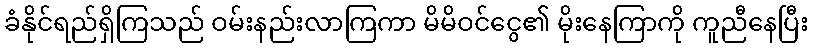
ခံနိုင်ရည်ရှိကြသည် ဝမ်းနည်းလာကြကာ မိမိဝင်ငွေ၏ မိုးနေကြာကို ကူညီနေပြီး